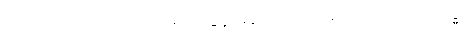
ဗာဓိတောတိ၊ ဟူသည်ကား။ လုဒ္ဒေန၊ မုဆိုးသည်။ အရညေ၊ တော၌။ ဗဒ္ဓေါ၊